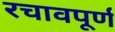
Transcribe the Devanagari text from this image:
रचावपूर्ण